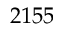
2 1 5 5